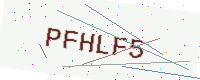
Text: PFHLF5